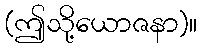
(ဤသို့ယောဇနာ)။